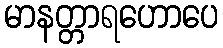
မာနတ္တာရဟောပေ